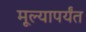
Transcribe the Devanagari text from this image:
मूल्यापर्यंत